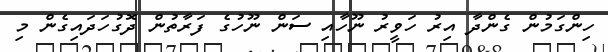
ހިންގަމުން ގެންދާ އިރު ހަވީރު ނޫހާއި ސަން ނޫހުގެ ފަރާތުން ދޮގުހަދައިގެން މި